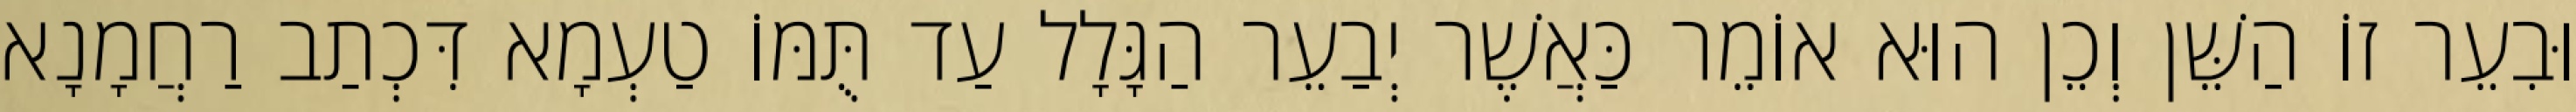
וּבִעֵר זוֹ הַשֵּׁן וְכֵן הוּא אוֹמֵר כַּאֲשֶׁר יְבַעֵר הַגָּלָל עַד תֻּמּוֹ טַעְמָא דִּכְתַב רַחֲמָנָא